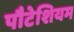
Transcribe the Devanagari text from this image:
पौटेशियम